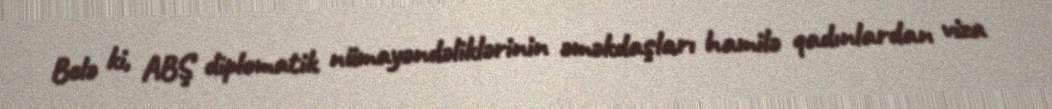
Belə ki, ABŞ diplomatik nümayəndəliklərinin əməkdaşları hamilə qadınlardan viza